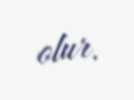
olur.